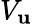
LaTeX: V_{\mathbf{u}}